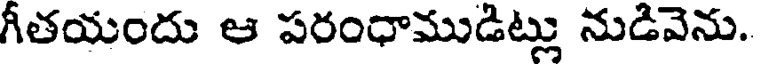
గీతయందు ఆ పరంధాముడిట్లు నుడివెను.